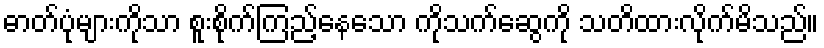
ဓာတ်ပုံများကိုသာ စူးစိုက်ကြည့်နေသော ကိုသက်ဆွေကို သတိထားလိုက်မိသည်။